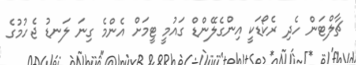
ޗާލްޓަން ހެދި ރެކޯޑަކީ އިންގެލޭންޑް ގައުމީ ޓީމަށް އެންމެ ގިނަ ލަނޑު ޖެހުމުގެ